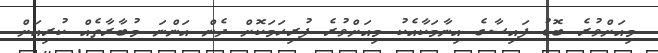
މިއަށްވުރެ ބޮޑު ފައިސާގެ އިނާމަކާއެކު މިއަށްވުރެ ފުރިހަމަކޮށް ދެން އަންނަ މުބާރާތެއް ކުރިއަށް